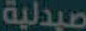
صيدلية